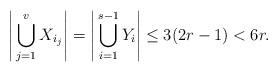
\begin{align*}\Bigg|\bigcup_{j=1}^v X_{i_j}\Bigg|=\Bigg|\bigcup_{i=1}^{s-1}Y_i\Bigg|\leq 3(2r-1) <6r.\end{align*}